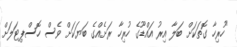
"ހުރިހާ ގޮތަކަށް ބަލާ އިރު އައްޑޫގެ ހުރިހާ ރަށެއްގެ ބަޔަކަށް ވެސް ހޮސްޕިޓަލަށް